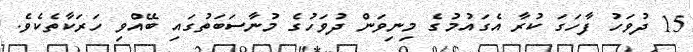
15 ދުވަހު ފާހަގަ ކުރާ އެގައުމުގެ މިނިވަން ދުވަހުގެ މުނާސަބަތުގައި ބޭއްވި ހަރަކާތެކެވެ.